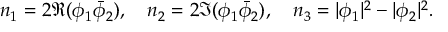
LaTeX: n _ { 1 } = 2 \Re ( \phi _ { 1 } \bar { \phi } _ { 2 } ) , \quad n _ { 2 } = 2 \Im ( \phi _ { 1 } \bar { \phi } _ { 2 } ) , \quad n _ { 3 } = | \phi _ { 1 } | ^ { 2 } - | \phi _ { 2 } | ^ { 2 } .